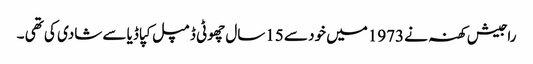
راجیش کھنہ نے 1973میں خود سے 15سال چھوٹی ڈمپل کپاڈیا سے شادی کی تھی ۔